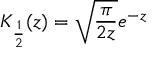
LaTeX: K _ { \frac { 1 } { 2 } } ( z ) = \sqrt { \frac { \pi } { 2 z } } e ^ { - z }